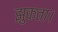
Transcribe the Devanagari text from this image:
झुकता।